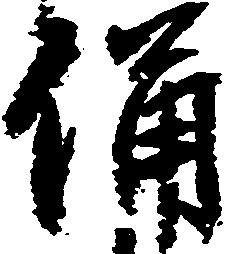
備